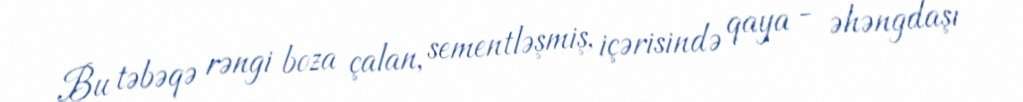
Bu təbəqə rəngi boza çalan, sementləşmiş, içərisində qaya - əhəngdaşı